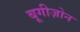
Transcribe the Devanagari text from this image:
बूगीज़ोन